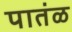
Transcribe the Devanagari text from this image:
पातंळ